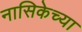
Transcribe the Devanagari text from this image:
नासिकेच्या